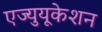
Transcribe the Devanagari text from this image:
एज्युयूकेशन